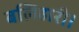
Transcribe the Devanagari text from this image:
बलिहारी।